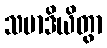
သမာဒိယိတွာ